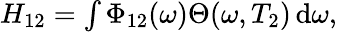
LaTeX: \begin{array}{r}{H_{12}=\int\Phi_{12}(\omega)\Theta(\omega,T_{2})\, \mathrm{d}\omega,}\end{array}